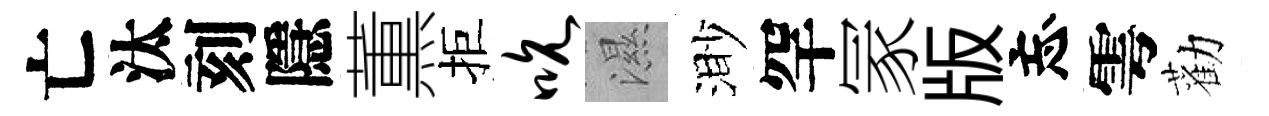
亡汰刻隱薫拒吮濕渺罕冡版忘雩勸